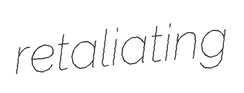
retaliating